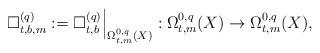
LaTeX: \begin{align*}\Box^{(q)}_{t, b, m}:=\Box^{(q)}_{t, b}\Big|_{\Omega^{0, q}_{t, m}(X)}:\Omega^{0, q}_{t, m}(X)\rightarrow\Omega^{0, q}_{t, m}(X),\end{align*}